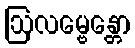
ဩလမ္ဗေန္တော